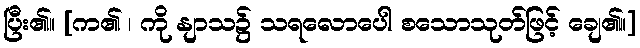
ပြီး၏။ [က၏ ၊ ကို နျာသ၌ သရလောပေါ စသောသုတ်ဖြင့် ချေ၏။]